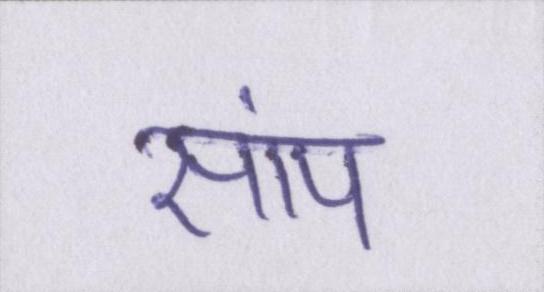
सांप